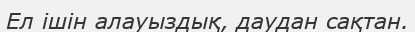
Ел ішін алауыздық, даудан сақтан.